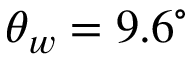
\theta _ { w } = 9 . 6 ^ { \circ }